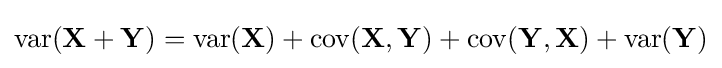
\operatorname {var} (\mathbf {X} +\mathbf {Y} )=\operatorname {var} (\mathbf {X} )+\operatorname {cov} (\mathbf {X} ,\mathbf {Y} )+\operatorname {cov} (\mathbf {Y} ,\mathbf {X} )+\operatorname {var} (\mathbf {Y} )